Medical and sanitary report on the native army of Bombay for the year
Year: 1878
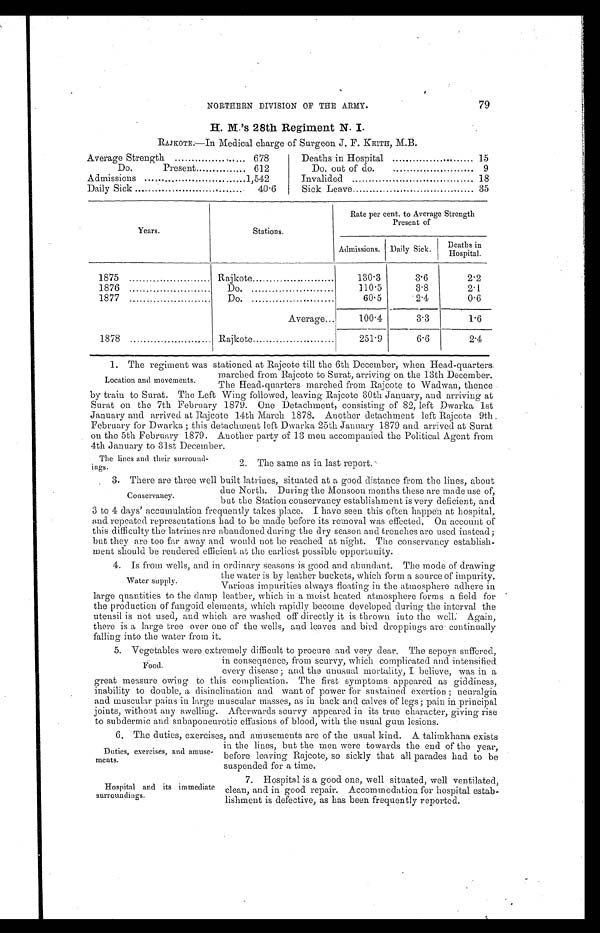
Duties, exercises, and amuse-
ments.
Hospital and its immediate
surroundings.
79
NORTHERN DIVISION OF THE ARMY.
H. M.’s 28th Regiment N. I .
RAJKOTE:—In Medical charge of Surgeon J. F. KEITH, M.B.
Average Strength
...
678
Do.
Present
612
Admissions
1,542
Daily Sick
40.6
Deaths in Hospital
15
Do. out of do.
. . . . . . . . . . . . . . . . . . . . . . . . . . . . .
9
Invalided
18
Sick Leave
35
Years.
Stations.
Rate per cent. to Average Strength
Present of
Admissions. Daily Sick.
D e a t h s
in H o s p i t a l .
1875
Rajkote
130.3
3.6
2.2
1876
Do.
310.5
3.8
2.1
1877
Do.
60.5
2.4
0.6
Average
100.4
3.3
1.6
1878
Rajkote
251.9
6.6
2.4
1. The regiment was stationed at Rajcote till the 6th December, when Head-quarters.
marched from Rajcote to Surat arriving on the13th December.
The Head-quarters marched from Rajcote to Wadwan, thence
by train to Surat. The Left Wing followed, leaving Rajcote 30th January, and arriving at
Surat on the 7th February 1879. One Detachment, consisting of 82, left Dwarka 1st
January and arrived at Rajcote 14th March 1878. Another detachment left Rajcote 9th
February for Dwarka ; this detachment left Dwarka 25th January 1879 and arrived at Surat
on the 5th February 1879. Another party of 13 men accompanied the Political Agent from
4th January to 31st December.
Location and movements.
The lines and their surround-
ings.
2. The same as in last report.
3. There are three well built latrines, situated at a good distance from the lines, about
due North. During the Monsoon months these are made use of,
but the Station conservancy establishment is very deficient, and
3 t o 4 d a y s ’ a c c u mu l a t i o n f r e q u e n t l y t a k e s p l a c e . I h a v e s e e n t h i s o f t e n h a p p e n a t h o s p i t a l ,
and repeated representations had to be made before its removal was effected. On account of
this difficulty the latrines are abandoned during the dry season and trenches are used instead ;
but they are too far away and would not be reached at night. The conservancy establish-
ment should be rendered efficient at the earliest possible opportunity.
4. Is from wells, and in ordinary seasons is good and abundant. The mode of drawing
_
the water is by leather buckets, which form a source of impurity.
Various impurities always floating in the atmosphere adhere in
large quantities to the damp leather, which in a moist heated atmosphere forms a field for
the production of fungoid elements, which rapidly become developed during the interval the
utensil is not used, and which are washed off directly it is thrown into the well. Again,
there is a large tree over one of the wells, and leaves and bird droppings are continually
falling into the water from it.
5. Vegetables were extremely difficult to procure and very dear. The sepoys suffered,
in consequence, from scurvy, which complicated and intensified
every disease ; and the unusual mortality, I believe, was in a
great measure owing to this complication. The first symptoms appeared as giddiness,
inability to double, a disinclination and want of power for sustained exertion ; neuralgia
and muscular pains in large muscular masses, as in back and calves of legs ; pain in principal
joints, without any swelling. Afterwards scurvy appeared in its true character, giving rise
to subdermic and subaponeurotic effusions of blood, with the usual gum lesions.
6. The duties, exercises, and amusements are of the usual kind. A talimkhana exists
Conservancy.
Water supply.
in the lines, but the men were towards the end of the year,
before leaving Rajcote, so sickly that all parades had to be
suspended for a time.
7. Hospital is a good one, well situated, well ventilated,
clean, and in good repair. Accommodation for hospital estab-
lishment is defective, as has been frequently reported.